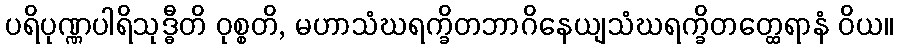
ပရိပုဏ္ဏပါရိသုဒ္ဓီတိ ဝုစ္စတိ, မဟာသံဃရက္ခိတဘာဂိနေယျသံဃရက္ခိတတ္ထေရာနံ ဝိယ။